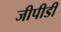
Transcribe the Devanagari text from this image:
जीपीडी